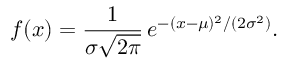
f ( x ) = { \frac { 1 } { \sigma { \sqrt { 2 \pi } } } } \, e ^ { - ( x - \mu ) ^ { 2 } / ( 2 \sigma ^ { 2 } ) } .